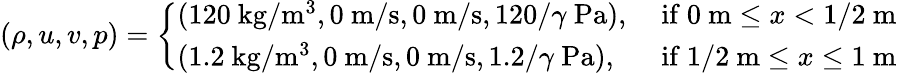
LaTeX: (\rho,u,v,p)=\left\{ \begin{array}{ll}{(120\mathrm{~kg}/\mathrm{m}^{3},0\mathrm{~m}/\mathrm{s},0\mathrm{~m}/\mathrm{s},120/\gamma\mathrm{~Pa}),}&{\mathrm{~if~}0\mathrm{~m}\leq x<1/2\mathrm{~m}}\\ {(1.2\mathrm{~kg}/\mathrm{m}^{3},0\mathrm{~m}/\mathrm{s},0\mathrm{~m}/\mathrm{s},1.2/\gamma\mathrm{~Pa}),}&{\mathrm{~if~}1/2\mathrm{~m}\leq x\leq 1\mathrm{~m}}\end{array}\right.